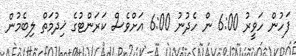
ފަހުން ހަވީރު 6:00 ން ހެދުނު 6:00 އަށްވެސް ކަރަންޓުގެ ޚިދުމަތް ލިބެމުން